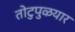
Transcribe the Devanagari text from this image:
तोटुपुऴयार